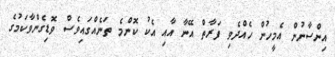
އިންސާނުން އެމީހުން ހެއްދެވި ފަރާތް އޭނާ އާއި އެކު ކޮންމެ ތަނެއްގައިވެސް ވޮޑިގެންވާކަމުގެ